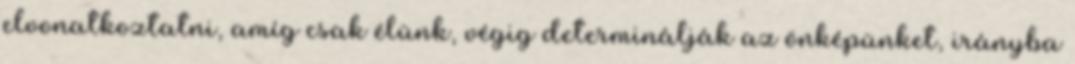
elvonatkoztatni, amíg csak élünk, végig determinálják az önképünket, irányba